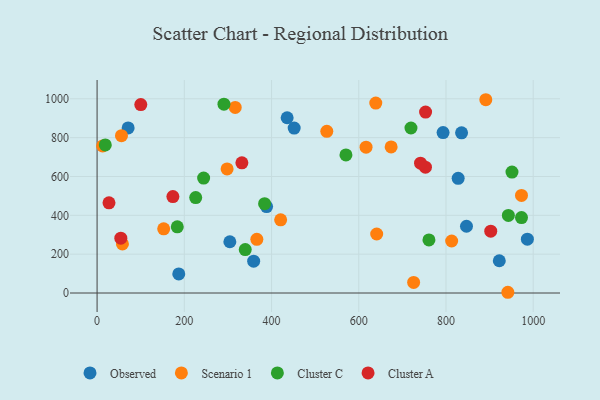
{"axis": {"x": "Distance", "y": "Yield"}, "legend": ["Cluster A", "Cluster C", "Observed", "Scenario 1"], "data": [{"x": "359.0", "y": 164.2, "type": "Observed"}, {"x": "187.3", "y": 98.5, "type": "Observed"}, {"x": "388.6", "y": 445.0, "type": "Observed"}, {"x": "847.0", "y": 343.9, "type": "Observed"}, {"x": "304.4", "y": 264.0, "type": "Observed"}, {"x": "922.2", "y": 166.2, "type": "Observed"}, {"x": "835.7", "y": 824.7, "type": "Observed"}, {"x": "827.9", "y": 590.4, "type": "Observed"}, {"x": "986.6", "y": 277.4, "type": "Observed"}, {"x": "71.2", "y": 849.9, "type": "Observed"}, {"x": "435.8", "y": 902.4, "type": "Observed"}, {"x": "793.3", "y": 825.9, "type": "Observed"}, {"x": "451.9", "y": 849.5, "type": "Observed"}, {"x": "316.7", "y": 955.6, "type": "Scenario 1"}, {"x": "725.8", "y": 54.5, "type": "Scenario 1"}, {"x": "152.7", "y": 330.5, "type": "Scenario 1"}, {"x": "973.1", "y": 502.7, "type": "Scenario 1"}, {"x": "616.7", "y": 750.9, "type": "Scenario 1"}, {"x": "420.9", "y": 376.8, "type": "Scenario 1"}, {"x": "12.7", "y": 757.5, "type": "Scenario 1"}, {"x": "298.1", "y": 638.8, "type": "Scenario 1"}, {"x": "674.2", "y": 752.2, "type": "Scenario 1"}, {"x": "526.7", "y": 832.5, "type": "Scenario 1"}, {"x": "813.0", "y": 267.8, "type": "Scenario 1"}, {"x": "641.1", "y": 303.8, "type": "Scenario 1"}, {"x": "58.1", "y": 252.8, "type": "Scenario 1"}, {"x": "366.3", "y": 276.3, "type": "Scenario 1"}, {"x": "891.3", "y": 995.3, "type": "Scenario 1"}, {"x": "55.9", "y": 810.4, "type": "Scenario 1"}, {"x": "639.0", "y": 978.2, "type": "Scenario 1"}, {"x": "941.8", "y": 3.8, "type": "Scenario 1"}, {"x": "290.9", "y": 972.2, "type": "Cluster C"}, {"x": "183.9", "y": 341.0, "type": "Cluster C"}, {"x": "18.8", "y": 762.6, "type": "Cluster C"}, {"x": "226.1", "y": 491.4, "type": "Cluster C"}, {"x": "244.3", "y": 591.8, "type": "Cluster C"}, {"x": "973.1", "y": 388.6, "type": "Cluster C"}, {"x": "951.3", "y": 623.0, "type": "Cluster C"}, {"x": "719.7", "y": 849.6, "type": "Cluster C"}, {"x": "570.6", "y": 711.1, "type": "Cluster C"}, {"x": "760.9", "y": 273.4, "type": "Cluster C"}, {"x": "943.0", "y": 399.4, "type": "Cluster C"}, {"x": "339.7", "y": 223.7, "type": "Cluster C"}, {"x": "384.1", "y": 459.9, "type": "Cluster C"}, {"x": "753.2", "y": 931.6, "type": "Cluster A"}, {"x": "54.4", "y": 282.6, "type": "Cluster A"}, {"x": "752.9", "y": 648.2, "type": "Cluster A"}, {"x": "27.3", "y": 464.6, "type": "Cluster A"}, {"x": "173.8", "y": 496.6, "type": "Cluster A"}, {"x": "100.2", "y": 970.2, "type": "Cluster A"}, {"x": "741.6", "y": 668.6, "type": "Cluster A"}, {"x": "902.6", "y": 318.2, "type": "Cluster A"}, {"x": "332.0", "y": 670.6, "type": "Cluster A"}]}